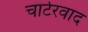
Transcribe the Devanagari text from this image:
चार्टरवाद